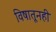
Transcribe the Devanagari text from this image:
विषातूनही